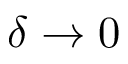
\delta \rightarrow 0